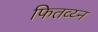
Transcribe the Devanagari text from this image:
फितव्य्न